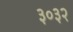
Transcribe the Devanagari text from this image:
३०३२